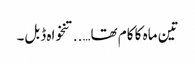
تین ماہ کا کام تھا…..تنخواہ ڈبل۔